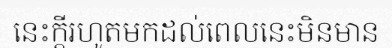
នេះក្តីរហូតមកដល់ពេលនេះមិនមាន